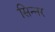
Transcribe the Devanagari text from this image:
सिन्‍नर